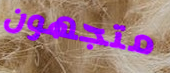
متجهون